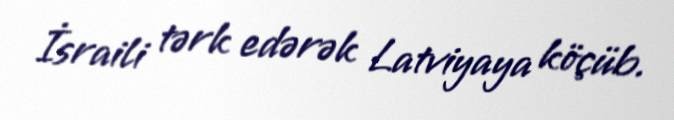
İsraili tərk edərək Latviyaya köçüb.